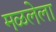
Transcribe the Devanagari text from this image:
मळलेला